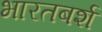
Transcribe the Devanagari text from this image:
भारतबर्श